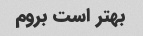
بهتر است بروم